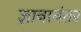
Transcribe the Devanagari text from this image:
ज्ञानानंतर